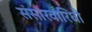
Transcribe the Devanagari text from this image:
संसारवारिधौ